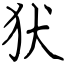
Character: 犾